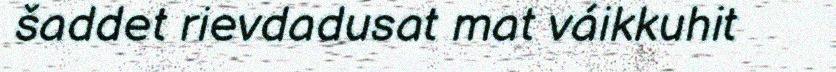
šaddet rievdadusat mat váikkuhit